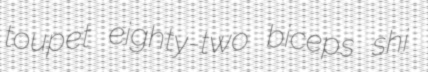
toupet eighty-two biceps shi